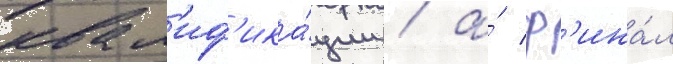
квал'иф'ика́ции / а́ ф'ина́л